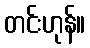
တင်းဟုန်။